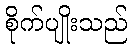
စိုက်ပျိုးသည်